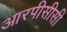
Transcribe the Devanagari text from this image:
आरपीसीसी